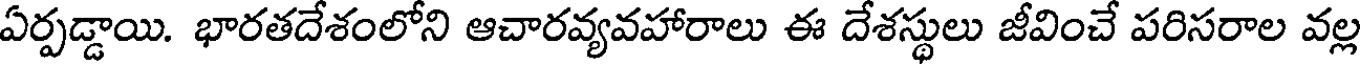
ఏర్పడ్డాయి. భారతదేశంలోని ఆచారవ్యవహారాలు ఈ దేశస్థులు జీవించే పరిసరాల వల్ల